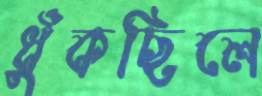
ধুঁকছিলে